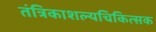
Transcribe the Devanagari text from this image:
तंत्रिकाशल्यचिकित्सक